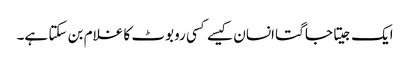
ایک جیتا جاگتا انسان کیسے کسی روبوٹ کا غلام بن سکتا ہے۔